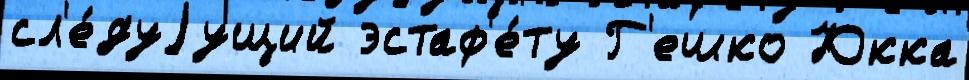
сл'е́дуjущий эстаф'е́ту Г'ешко Юкка